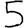
Digit: 5